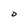
Character: O